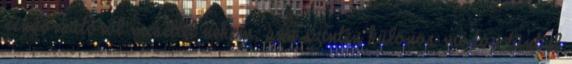
rendőrautóról meséltél nekem, ami szintén különös módon tűnt el